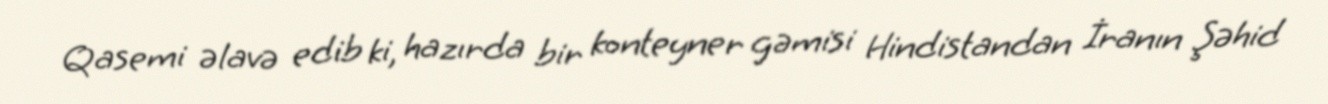
Qasemi əlavə edib ki, hazırda bir konteyner gəmisi Hindistandan İranın Şəhid